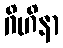
ဂိဟိနာ